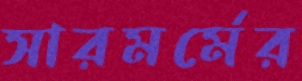
সারমর্মের